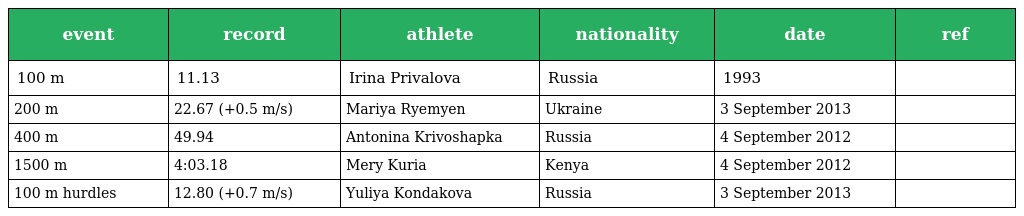
| event | record | athlete | nationality | date | ref |
 | --- | --- | --- | --- | --- | --- |
 | 100 m | 11.13 | Irina Privalova | Russia | 1993 |  |
 | 200 m | 22.67 (+0.5 m/s) | Mariya Ryemyen | Ukraine | 3 September 2013 |  |
 | 400 m | 49.94 | Antonina Krivoshapka | Russia | 4 September 2012 |  |
 | 1500 m | 4:03.18 | Mery Kuria | Kenya | 4 September 2012 |  |
 | 100 m hurdles | 12.80 (+0.7 m/s) | Yuliya Kondakova | Russia | 3 September 2013 |  |